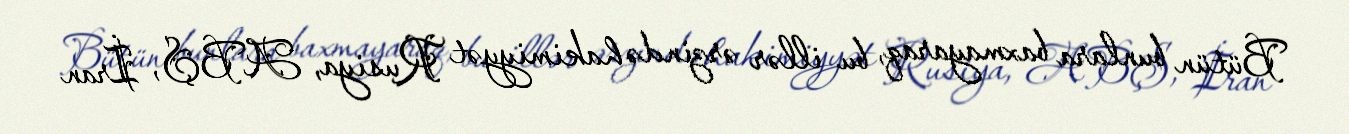
Bütün bunlara baxmayaraq, bu illər ərzində hakimiyyət Rusiya, ABŞ, İran